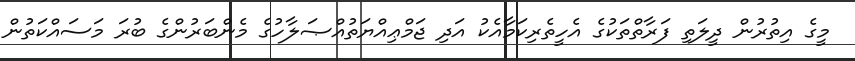
މީގެ އިތުރުން ދީލަތި ފަރާތްތަކުގެ އެހީތެރިކަމާއެކު އަދި ޖަމްޢިއްޔަތުއްޞަލާހުގެ މެންބަރުންގެ ބުރަ މަސައްކަތުން